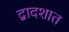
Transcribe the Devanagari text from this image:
द्वादशात